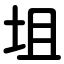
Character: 坥